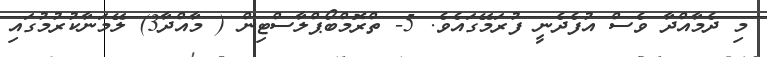
މި ދެމާއްދާ ވެސް އުފެދެނީ ފުރަމޭގައެވެ. 5- ތްރޮމްބޯޕްލާސްޓިން ( މާއްދާ3) ލޭމަނާކުރުމުގައި